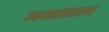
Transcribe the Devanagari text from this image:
अदत्तादान